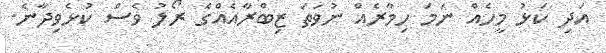
އަދި ކަޅު މީހެއް ނަމަ ހިމާރެއް ނުވަތަ ޒިބްރާއެއްގެ ރޯލު ވެސް ކުޅެވިދާނެ.